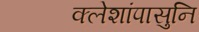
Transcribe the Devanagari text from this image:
क्लेशांपासुनि